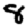
Digit: 8